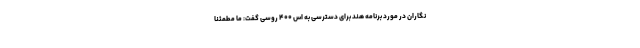
نگاران در مورد برنامه هند برای دسترسی به اس ۴۰۰ روسی گفت: ما مطمئناً